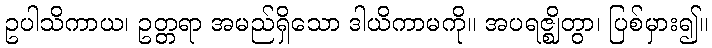
ဥပါသိကာယ၊ ဥတ္တရာ အမည်ရှိသော ဒါယိကာမကို။ အပရဇ္ဈိတွာ၊ ပြစ်မှား၍။